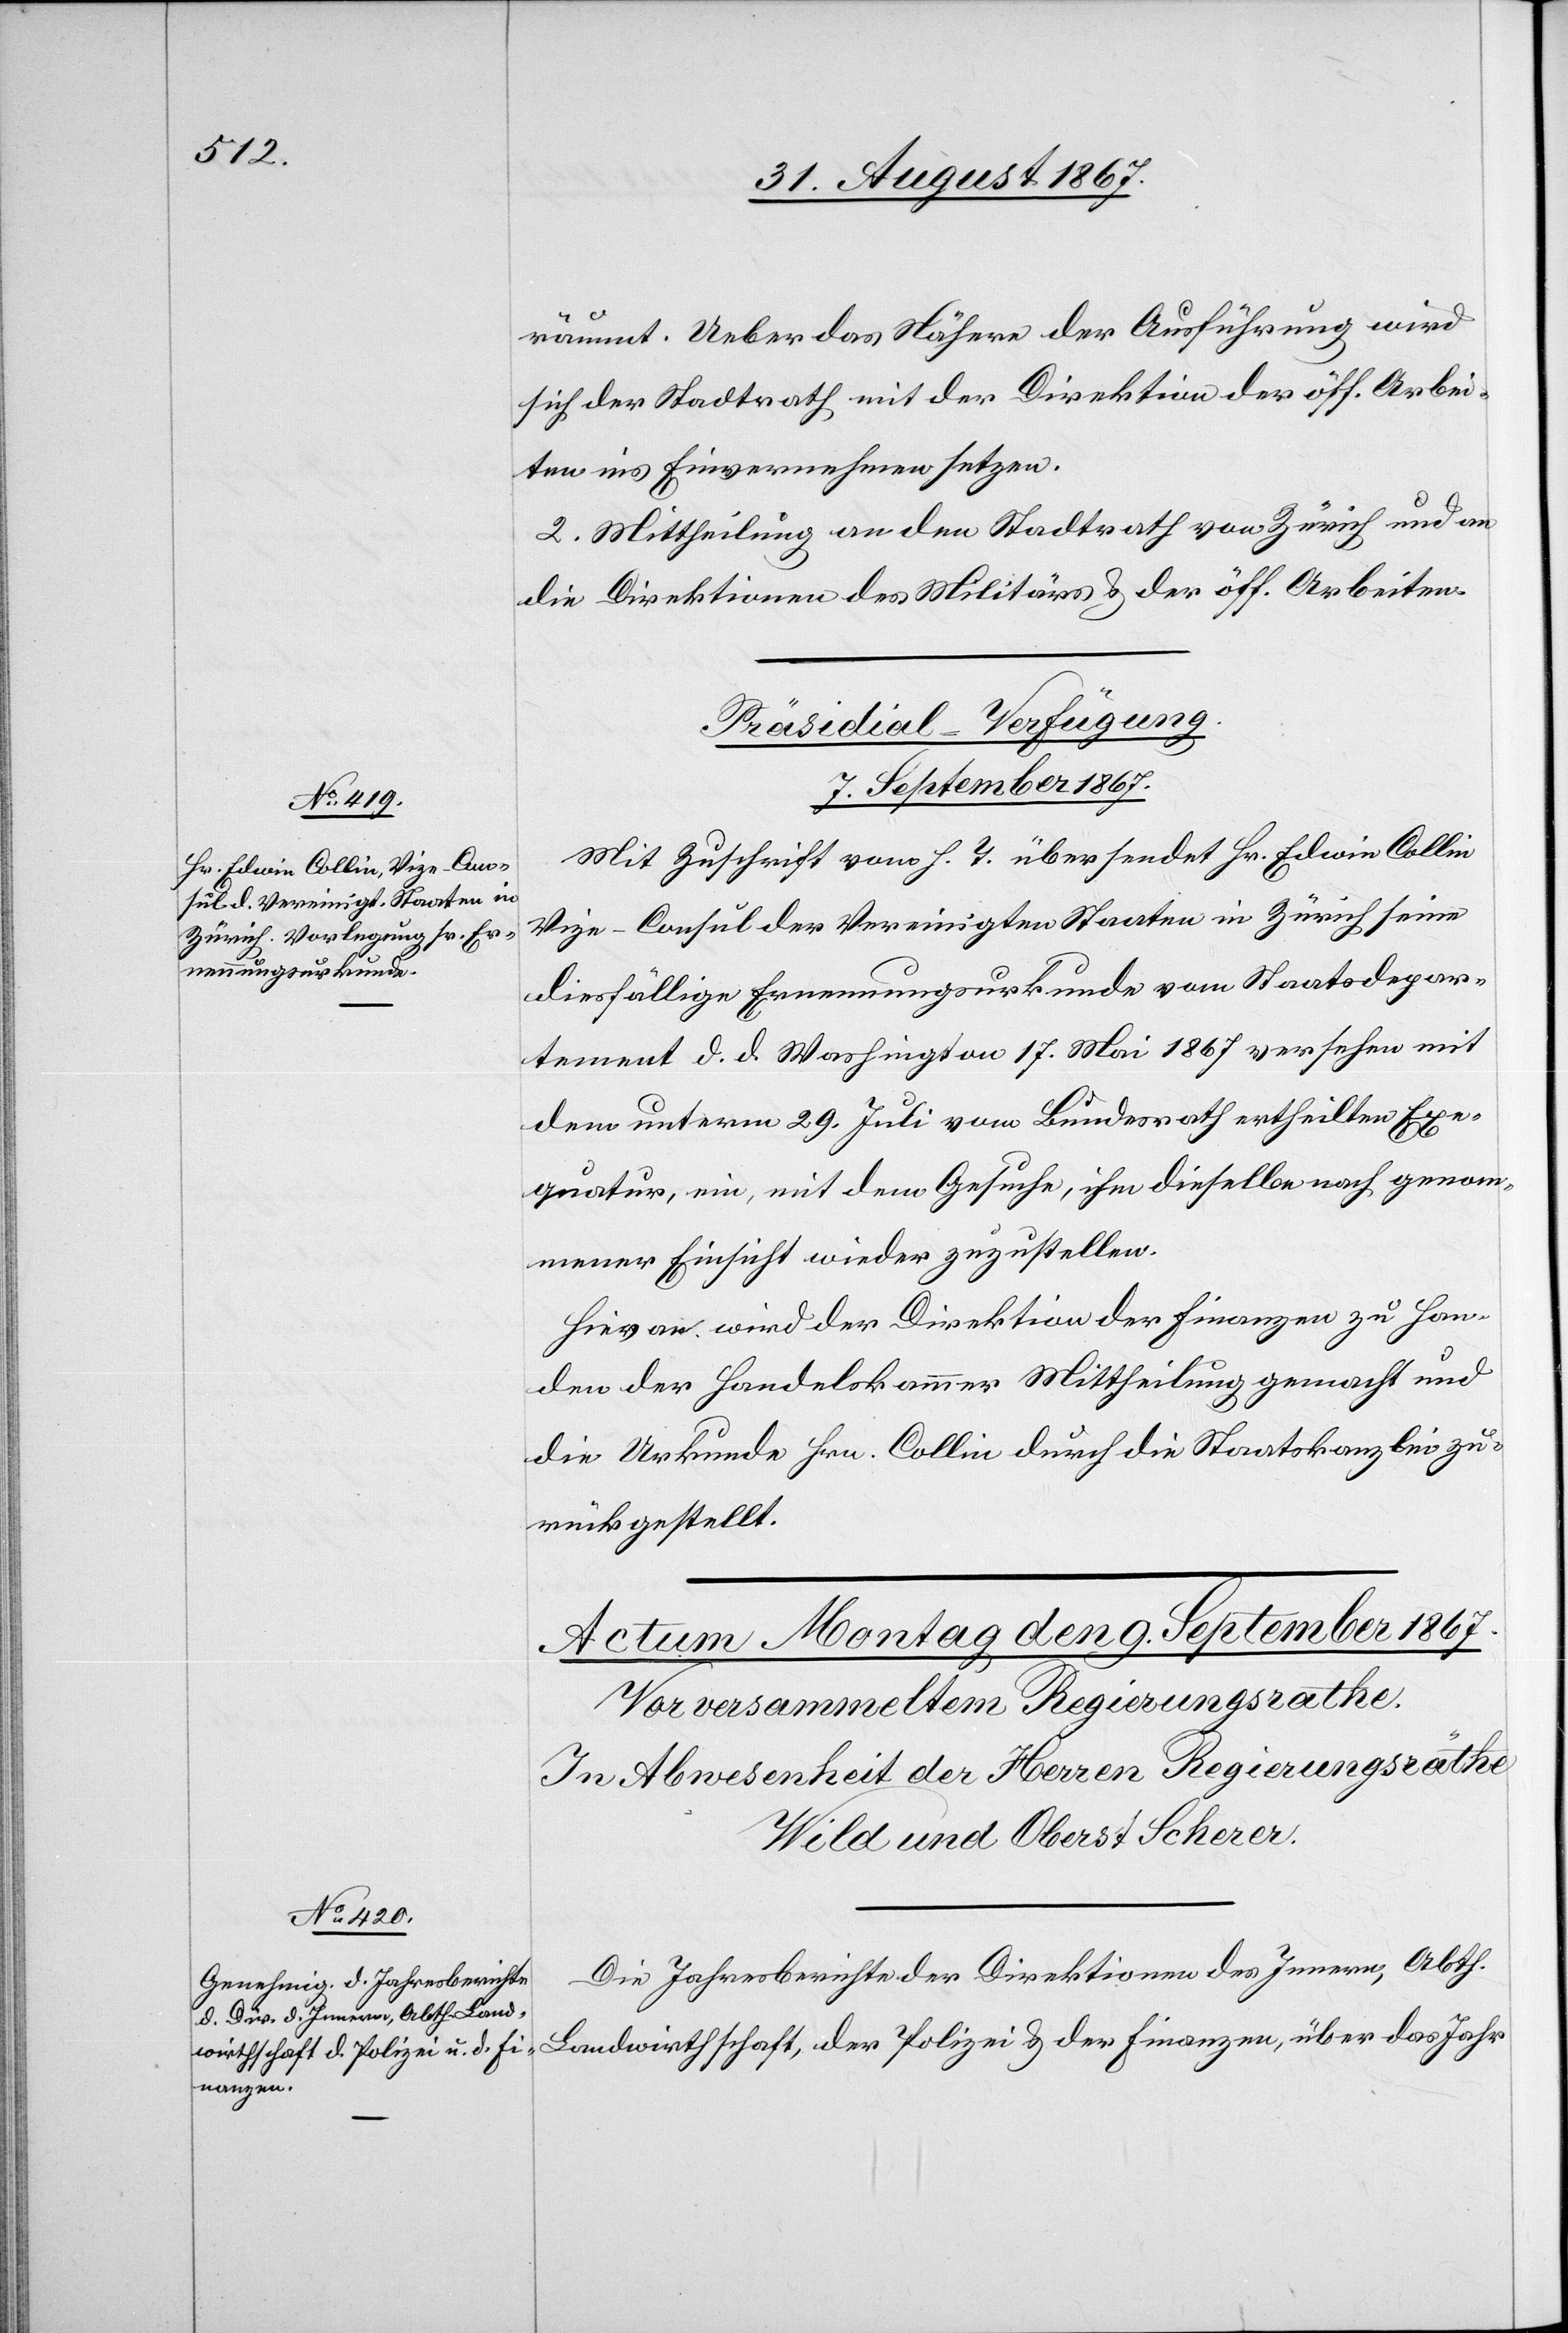
räumt. Ueber das Nähere der Ausführung wird
sich der Stadtrath mit der Direktion der öff. Arbei¬
ten ins Einvernehmen setzen.
2. Mittheilung an den Stadtrath von Zürich und an
die Direktionen des Militärs u. der öff. Arbeiten.
Präsidial-Verfügungen.
7. September 1867.
Mit Zuschrift vom h. T. übersendet Hr. Edwin Collin[,]
Vize-Consul der Vereinigten Statten in Zürich seine
diesfällige Ernennungsurkunde vom Staatsdepar¬
tement d. d. Washington 17. Mai 1867 versehen mit
dem unterm 29. Juli vom Bundesrath ertheilten Exe¬
quatur, ein, mit dem Gesuche, ihm dieselbe nach genom¬
mener Einsicht wieder zuzustellen.
Hievon wird der Direktion der Finanzen zu Han¬
den der Handelskammer Mittheilung gemacht und
die Urkunde Hrn. Collin durch die Staatskanzlei zu¬
rückgestellt.
Die Jahresberichte der Direktionen des Innern, Abth.
Landwirthschaft, der Polizei u. der Finanzen, über das Jahr